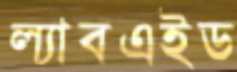
ল্যাবএইড